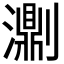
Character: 𤂄